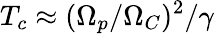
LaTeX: T_{c}\approx(\Omega_{p}/\Omega_{C})^{2}/\gamma